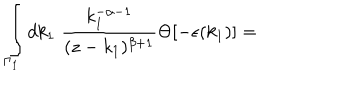
LaTeX: \int _ { { \Gamma } _ { 1 } } d k _ { 1 } \; \frac { k _ { 1 } ^ { - \alpha - 1 } } { ( z - k _ { 1 } ) ^ { \beta + 1 } } \Theta [ - \epsilon ( k _ { 1 } ) ] =